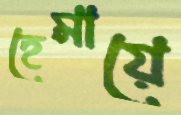
হেমায়ে